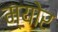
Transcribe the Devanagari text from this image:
म्‍योर